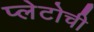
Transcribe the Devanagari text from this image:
प्लेटोची